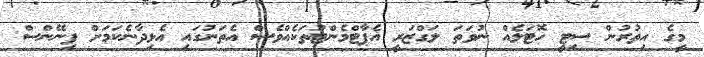
މީގެ އިތުރުން ސިޓީ ހޮޓަލެއް ނުވަތަ ލަގްޒަރީ އެޕާޓްމެންޓުތަކެއްވެސް އެތަނުގައި އެޅިދާނެކަމަށް ފިނޭންސް